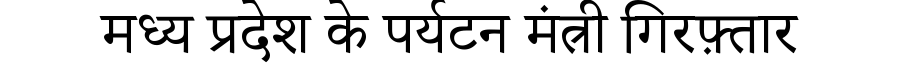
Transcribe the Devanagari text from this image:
मध्य प्रदेश के पर्यटन मंत्री गिरफ़्तार